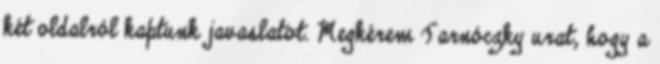
két oldalról kaptunk javaslatot. Megkérem Tarnóczky urat, hogy a